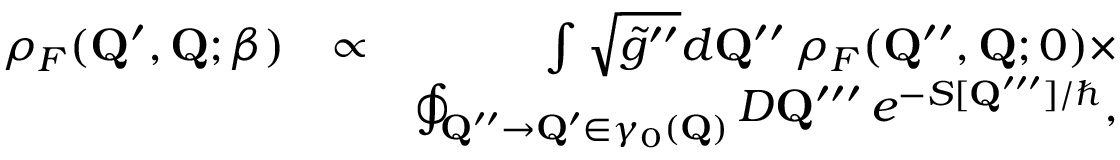
\begin{array} { r l r } { \rho _ { F } ( \mathbf { Q } ^ { \prime } , \mathbf { Q } ; \beta ) } & { \propto } & { \int \sqrt { \tilde { g } ^ { \prime \prime } } d \mathbf { Q } ^ { \prime \prime } \, \rho _ { F } ( \mathbf { Q } ^ { \prime \prime } , \mathbf { Q } ; 0 ) \times } \\ & { } & { \oint _ { \mathbf { Q } ^ { \prime \prime } \to \mathbf { Q } ^ { \prime } \in \gamma _ { 0 } ( \mathbf { Q } ) } { \cal D } \mathbf { Q } ^ { \prime \prime \prime } \, e ^ { - S [ \mathbf { Q } ^ { \prime \prime \prime } ] / \hbar } , } \end{array}